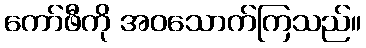
ကော်ဖီကို အဝသောက်ကြသည်။